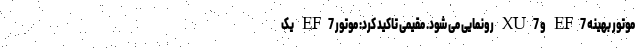
موتور بهینه EF7 و XU7 رونمایی می شود. مقیمی تاکید کرد: موتور EF7 یک